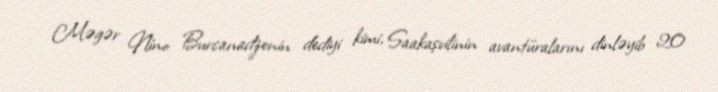
Məgər Nino Burcanadzenin dediyi kimi, Saakaşvilinin avantüralarını dinləyib 20